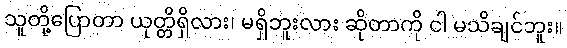
သူတို့ပြောတာ ယုတ္တိရှိလား၊ မရှိဘူးလား ဆိုတာကို ငါ မသိချင်ဘူး။